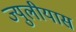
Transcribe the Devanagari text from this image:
ज्युलीयास